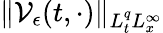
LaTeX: \| \mathcal{V}_{\epsilon}(t,\cdot)\| _{L_{t}^{q}L_{x}^{\infty}}